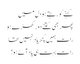
کہنے کو رہتے ہو دل میں
پھر بھی کتنے دور کھڑے ہو
رات ہمیں کچھ یاد نہیں تھا
رات بہت ہی یاد آئے ہو!